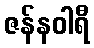
ဇန်နဝါရီ